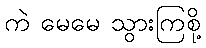
ကဲ မေမေ သွားကြစို့